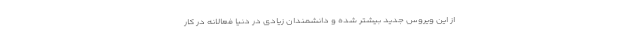
از این ویروس جدید بیشتر شده و دانشمندان زیادی در دنیا فعالانه در کار